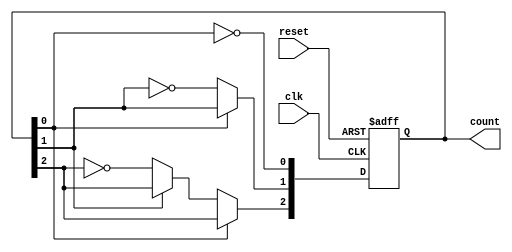
module ripple_counter (
    input wire clk,       // Clock input
    input wire reset,     // Asynchronous reset
    output reg [2:0] count // 3-bit binary count output
);

    // Always block for counter operation
    always @(posedge clk or posedge reset) begin
        if (reset) begin
            count <= 3'b000; // Reset count to 0
        end else begin
            // Increment the counter
            count[0] <= ~count[0]; // Toggle LSB
            if (count[0] == 1'b0) begin // If LSB transitioned from 1 to 0
                count[1] <= ~count[1]; // Toggle second bit
                if (count[1] == 1'b0) begin // If second bit transitioned from 1 to 0
                    count[2] <= ~count[2]; // Toggle MSB
                end
            end
        end
    end

endmodule